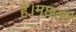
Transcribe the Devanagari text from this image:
है।मछली